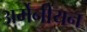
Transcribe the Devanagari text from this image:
अर्मेनीयन